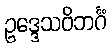
ဥဒ္ဒေသဝိဘင်္ဂံ